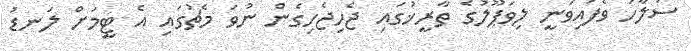
ސަލާހު ވެފައިވަނީ ލިވަޕޫލުގެ ތާރީޚުގައި ޖެހިޖެހިގެން ނުވަ މެޗުގައި އެ ޓީމަށް ލަނޑު